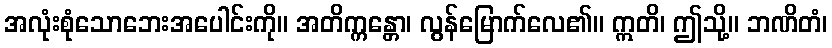
အလုံးစုံသောဘေးအပေါင်းကို။ အတိက္ကန္တော၊ လွန်မြောက်လေ၏။ ဣတိ၊ ဤသို့။ ဘဏိတံ၊